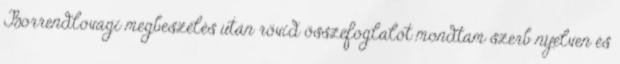
Borrendlovagi megbeszélés után rövid összefoglalót mondtam szerb nyelven és